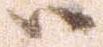
ハ